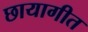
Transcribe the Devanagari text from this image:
छायागीत